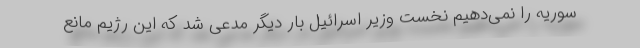
سوریه را نمی‌دهیم نخست وزیر اسرائیل بار دیگر مدعی شد که این رژیم مانع